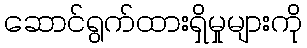
ဆောင်ရွက်ထားရှိမှုများကို